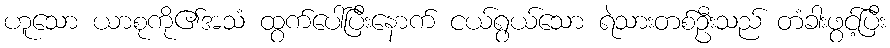
ဟူသော ယာစုကို၏အသံ ထွက်ပေါ်ပြီးနောက် ငယ်ရွယ်သော ရဲသားတစ်ဦးသည် တံခါးဖွင့်ပြီး